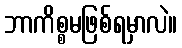
ဘာကိစ္စမဖြစ်ရမှာလဲ။